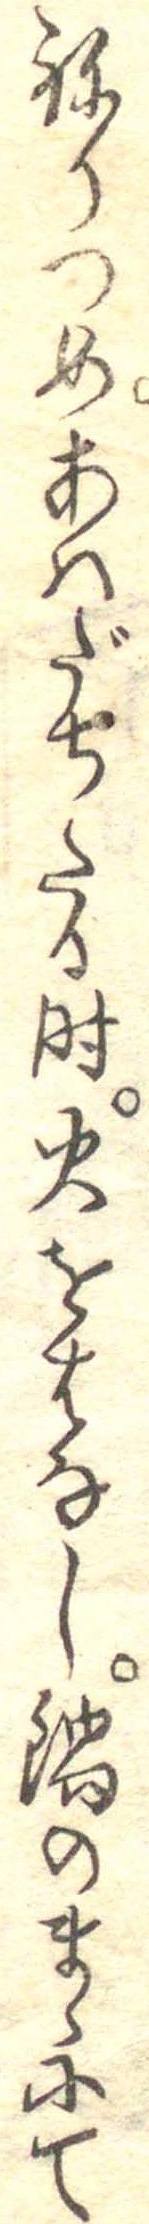
ねりつめあはだちたる時火をはなし鍋のまゝにて